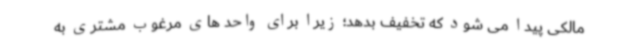
مالکی پیدا می شود که تخفیف بدهد؛ زیرا برای واحد های مرغوب مشتری به